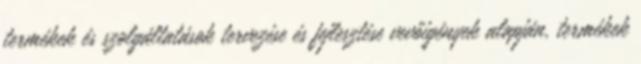
termékek és szolgáltatások tervezése és fejlesztése vevőigények alapján, termékek